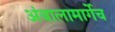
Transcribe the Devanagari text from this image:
अंबालामार्गेच